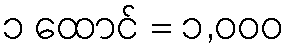
၁ ထောင် = ၁,၀၀၀